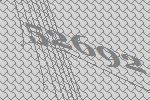
52692